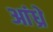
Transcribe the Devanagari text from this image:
आंध्रे